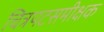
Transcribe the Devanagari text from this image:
चित्रपटसमीक्षक